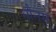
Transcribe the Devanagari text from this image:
मौनम्